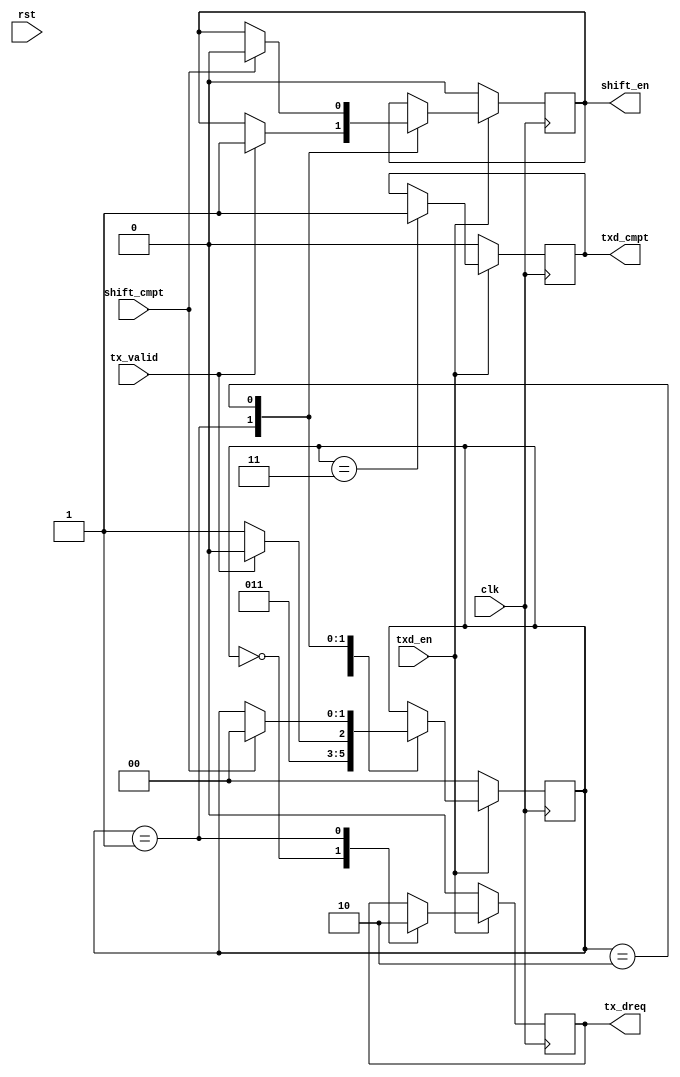
`timescale 1ns / 1ps
//////////////////////////////////////////////////////////////////////////////////
// Company:
// Engineer:
//
// Design Name:
// Module Name: Tspi_tx_txd_ctl
// Project Name:
// Target Devices:
// Tool Versions:
// Description:
//
// Dependencies:
//
// Revision:
// Revision 0.01 - File Created
// Additional Comments:
//
//////////////////////////////////////////////////////////////////////////////////


module Tspi_tx_txd_ctl
(
input                     clk         ,
input                     rst         ,
input                     txd_en      ,
output                    txd_cmpt    ,
output                    tx_dreq     ,
input                     tx_valid    ,
output                    shift_en    ,
input                     shift_cmpt
    );

reg t_txd_cmpt  =0;
reg t_tx_dreq   =0;
reg t_shift_en  =0;

localparam S_INIT = 0,
           S_DATA = 1,
           S_TX   = 2,
           S_CMPT = 3;
reg[1:0] state=S_INIT;
always@(posedge clk)begin
	if(!txd_en)begin
		state      <= S_INIT;
		t_txd_cmpt <= 0     ;
		t_tx_dreq  <= 0     ;
		t_shift_en <= 0     ;
	end else begin
		case(state)
			S_INIT :begin
				state      <= S_DATA;
				t_tx_dreq  <= 1     ;
			end
			S_DATA :begin
				if(tx_valid)begin
					state      <= S_TX  ;
					t_tx_dreq  <= 0     ;
					t_shift_en <= 1     ;
				end else begin
					state      <= S_CMPT;
					t_tx_dreq  <= 0     ;
				end
			end
			S_TX   :begin
				if(shift_cmpt)begin
					state      <= S_INIT ;
					t_shift_en <= 0      ;
				end
			end
			S_CMPT :begin
				t_txd_cmpt <= 1;
			end
		endcase
	end
end

assign txd_cmpt = t_txd_cmpt ;
assign tx_dreq  = t_tx_dreq  ;
assign shift_en = t_shift_en ;

endmodule